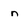
Character: n